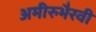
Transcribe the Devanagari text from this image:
अमीरुभैरवी